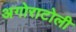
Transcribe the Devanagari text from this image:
अगोराटोली